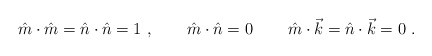
\begin{align*}\hat{m}\cdot \hat{m}=\hat{n}\cdot \hat{n}=1\ ,\qquad \hat{m}\cdot \hat{n}=0\,\qquad \hat{m}\cdot \vec{k}=\hat{n}\cdot \vec{k}=0\ .\end{align*}